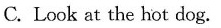
C.Look at the hot dog.